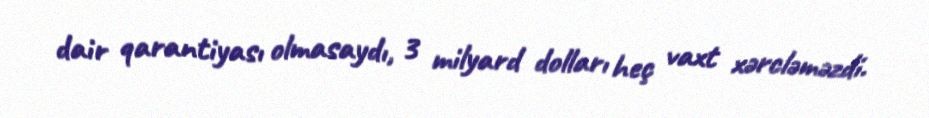
dair qarantiyası olmasaydı, 3 milyard dolları heç vaxt xərcləməzdi.